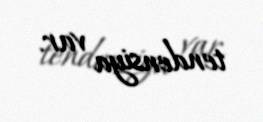
tendensiya var.